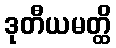
ဒုတီယမတ္ထိ